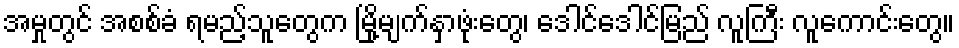
အမှုတွင် အစစ်ခံ ရမည့်သူတွေက မြို့မျက်နှာဖုံးတွေ၊ ဒေါင်ဒေါင်မြည် လူကြီး လူကောင်းတွေ။